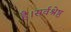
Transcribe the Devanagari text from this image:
है।सर्वश्रेष्ठ